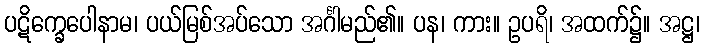
ပဋိက္ခေပေါနာမ၊ ပယ်မြစ်အပ်သော အင်္ဂါမည်၏။ ပန၊ ကား။ ဥပရိ၊ အထက်၌။ အဋ္ဌ၊